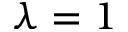
\lambda = 1